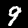
Label: 9